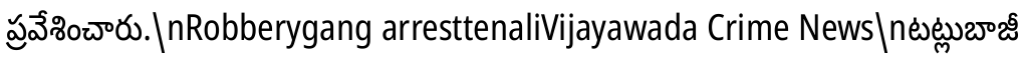
ప్రవేశించారు.\nRobberygang arresttenaliVijayawada Crime News\nటట్లుబాజీ